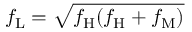
f _ { \mathrm { L } } = \sqrt { f _ { \mathrm { H } } ( f _ { \mathrm { H } } + f _ { \mathrm { M } } ) }